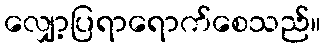
လျှော့ပြရာရောက်စေသည်။